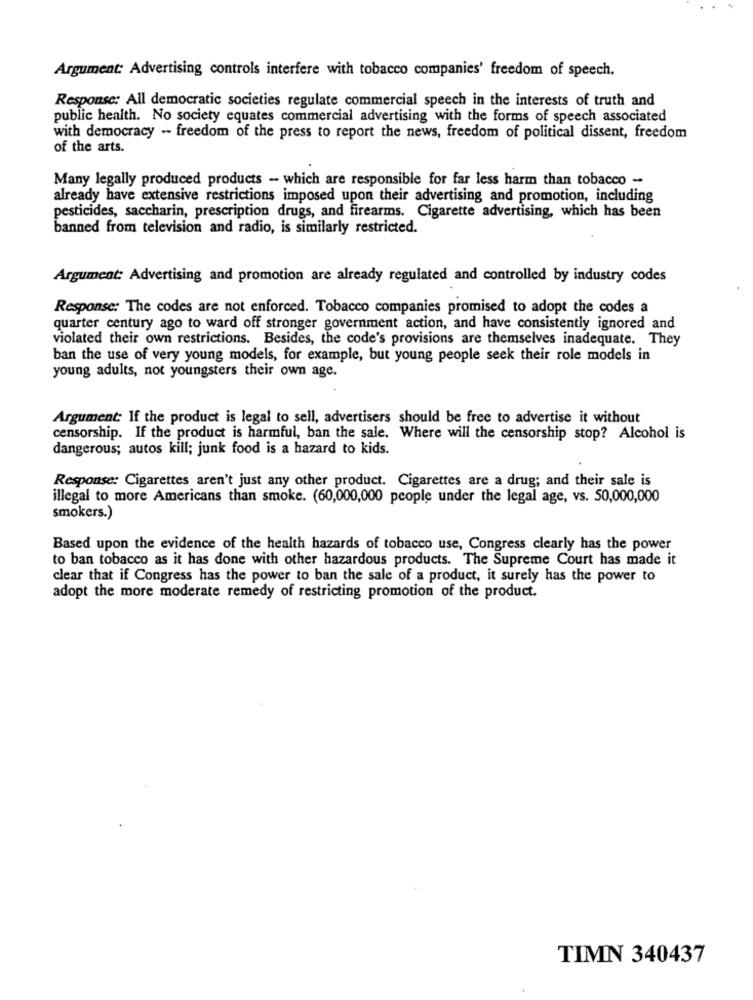
Argument: Advertising controls interfere with tobacco companies' freedom of speech.
Response: All democratic societies regulate commercial speech in the interests of truth and
public health. No society equates commercial advertising with the forms of speech associated
with democracy -- freedom of the press to report the news, freedom of political dissent, freedom
of the arts.
Many legally produced products - which are responsible for far less harm than tobacco -
already have extensive restrictions imposed upon their advertising and promotion, including
pesticides, saccharin, prescription drugs, and firearms. Cigarette advertising, which has been
banned from television and radio, is similarly restricted.
Argument: Advertising and promotion are already regulated and controlled by industry codes
Response: The codes are not enforced. Tobacco companies promised to adopt the codes a
quarter century ago to ward off stronger government action, and have consistently ignored and
violated their own restrictions. Besides, the code's provisions are themselves inadequate. They
ban the use of very young models, for example, but young people seek their role models in
young adults, not youngsters their own age.
Argument: If the product is legal to sell, advertisers should be free to advertise it without
censorship. If the product is harmful, ban the sale. Where will the censorship stop? Alcohol is
dangerous; autos kill; junk food is a hazard to kids.
Response: Cigarettes aren't just any other product. Cigarettes are a drug; and their sale is
illegal to more Americans than smoke. (60,000,000 people under the legal age, vs. 50,000,000
smokers.)
Based upon the evidence of the health hazards of tobacco use, Congress clearly has the power
to ban tobacco as it has done with other hazardous products. The Supreme Court has made it
clear that if Congress has the power to ban the sale of a product, it surely has the power to
adopt the more moderate remedy of restricting promotion of the product.
TIMN 340437